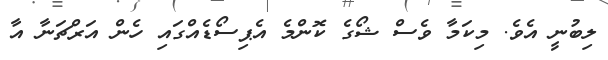
ލިބުނީ އެވެ. މިކަމާ ވެސް ޝޯގެ ކޮންމެ އެޕިސޯޑެއްގައި ހެން އަރްޗަނާ އާ